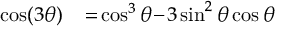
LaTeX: \begin{array} { r l } { \cos ( 3 \theta ) \! } & { { } = \! \cos ^ { 3 } \theta \! - \! 3 \sin ^ { 2 } \theta \cos \theta } \end{array}